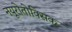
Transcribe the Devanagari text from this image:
नयूरोतोक्सिक